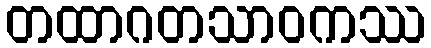
တထာဂတသာဝကဿ